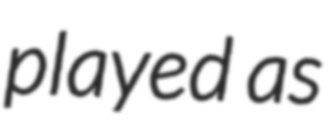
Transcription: played as